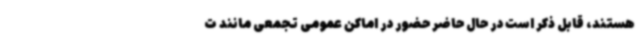
هستند، قابل ذکر است در حال حاضر حضور در اماکن عمومی تجمعی مانند ت